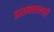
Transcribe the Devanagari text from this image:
प्रसवशालाएँ